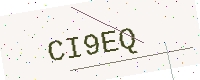
Text: CI9EQ